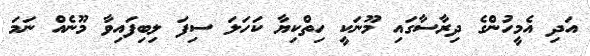
އަދި އެމީހުންގެ ދިރާސާގައި މޫނަކީ ހިތްކިޔާ ކަހަލަ ސިފަ ލިބިފައިވާ މޫނެއް ނަމަ